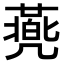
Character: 𠙯